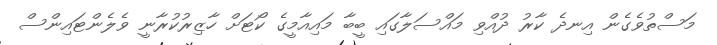
މަސްތުވެގެން އިނދެ ކާރު ދުއްވި މައްސަލާގައި ބީބާ މައިއާމީގެ ކޯޓަށް ހާޒިރުކުރާނީ ވެލެންޓައިންސް